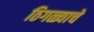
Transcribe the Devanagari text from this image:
ठिगळ्याचे